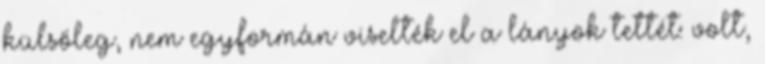
külsőleg, nem egyformán viselték el a lányok tettét: volt,